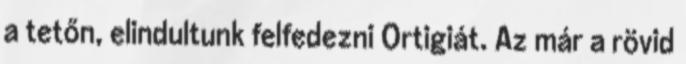
a tetőn, elindultunk felfedezni Ortigiát. Az már a rövid